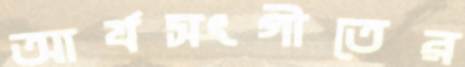
আর্যসংগীতের